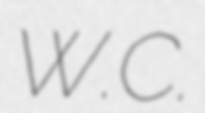
W.C.